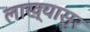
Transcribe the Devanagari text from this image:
लाख्यासुर